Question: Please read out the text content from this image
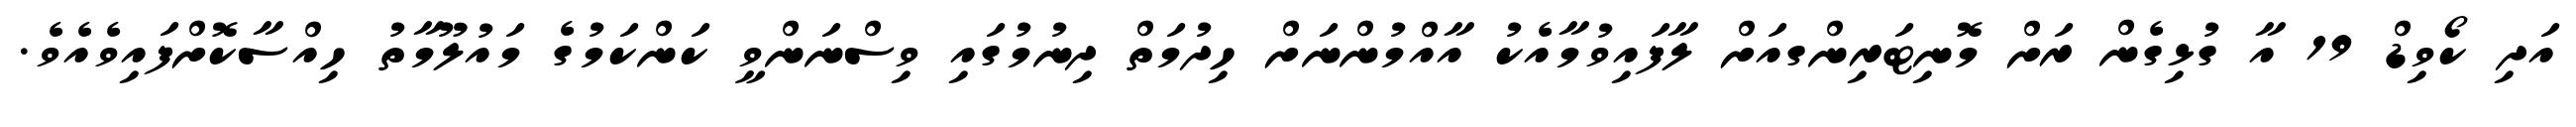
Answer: އަދި ކޯވިޑް 19 އާ ގުޅިގެން ރަށް މޮނިޓަރިންގއަށް ލާފައިވުމާއެކު އާއްމުންނަށް ހިދުމަތް ދިނުމުގައި ވިސްނަންވީ ކަންކަމުގެ މައުލޫމާތު ހިއްސާކޮށްފައިވެއެވެ.